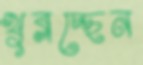
খুব্‌লচ্ছেন